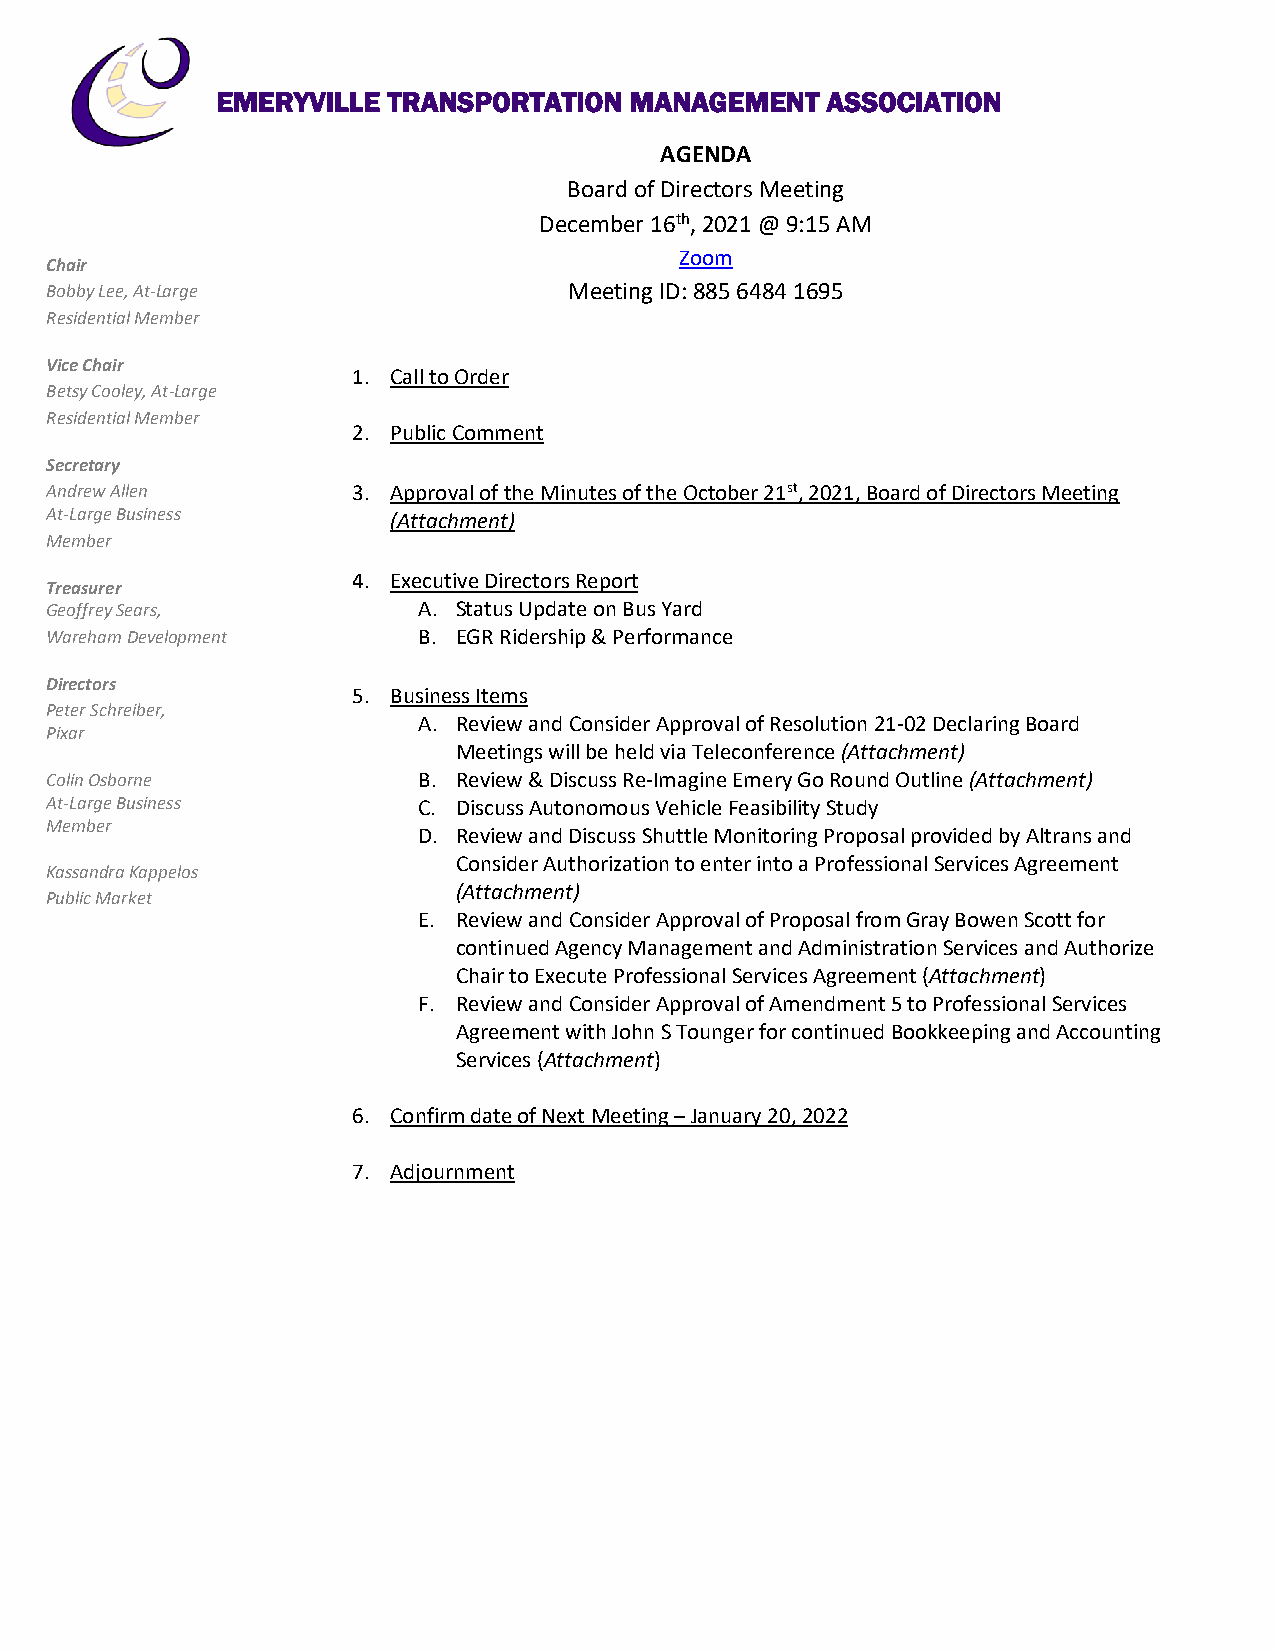
EMERYVILLE  TRANSPORTATION  MANAGEMENT   ASSOCIATION
 AGENDA
 Board of Directors Meeting
 December 16th, 2021 @ 9:15 AM
 Zoom
 Chair
 Bobby Lee, At-Large                Meeting ID: 885 6484 1695
 Residential Member
 Vice Chair
 1. Call to Order
 Betsy Cooley, At-Large
 Residential Member
 2. Public Comment
 Secretary
 Andrew Allen        3. Approval of the Minutes of the October 21st, 2021, Board of Directors Meeting
 At-Large Business      (Attachment)
 Member
 4. Executive Directors Report
 Treasurer
 Geoffrey Sears,          A. Status Update on Bus Yard
 Wareham Development      B. EGR Ridership & Performance
 Directors
 5. Business Items
 Peter Schreiber,
 A. Review and Consider Approval of Resolution 21-02 Declaring Board
 Pixar
 Meetings will be held via Teleconference (Attachment)
 Colin Osborne            B. Review & Discuss Re-Imagine Emery Go Round Outline (Attachment)
 At-Large Business        C. Discuss Autonomous Vehicle Feasibility Study
 Member
 D. Review and Discuss Shuttle Monitoring Proposal provided by Altrans and
 Consider Authorization to enter into a Professional Services Agreement
 Kassandra Kappelos
 (Attachment)
 Public Market
 E. Review and Consider Approval of Proposal from Gray Bowen Scott for
 continued Agency Management and Administration Services and Authorize
 Chair to Execute Professional Services Agreement (Attachment)
 F. Review and Consider Approval of Amendment 5 to Professional Services
 Agreement with John S Tounger for continued Bookkeeping and Accounting
 Services (Attachment)
 6. Confirm date of Next Meeting – January 20, 2022
 7. Adjournment